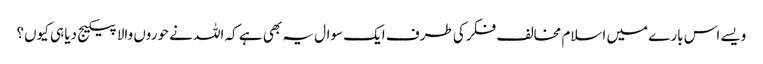
ویسے اس بارے میں اسلام مخالف فکر کی طرف ایک سوال یہ بھی ہے کہ اللہ نے حوروں والا پیکیج دیا ہی کیوں؟